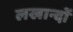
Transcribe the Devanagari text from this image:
लखान्दों